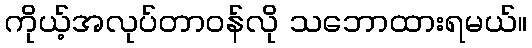
ကိုယ့်အလုပ်တာဝန်လို သဘောထားရမယ်။